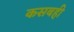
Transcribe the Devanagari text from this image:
कसबही